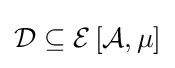
{\mathcal {D}}\subseteq {\mathcal {E}}\left[{\mathcal {A}},\mu \right]